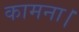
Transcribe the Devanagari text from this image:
कामना।